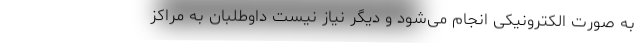
به صورت الکترونیکی انجام می‌شود و دیگر نیاز نیست داوطلبان به مراکز